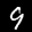
Label: 9